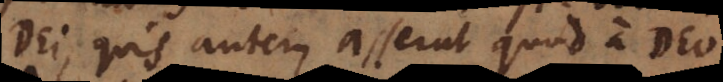
Dei; quis autem asserat quod a Deo